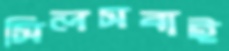
সিলসবাই